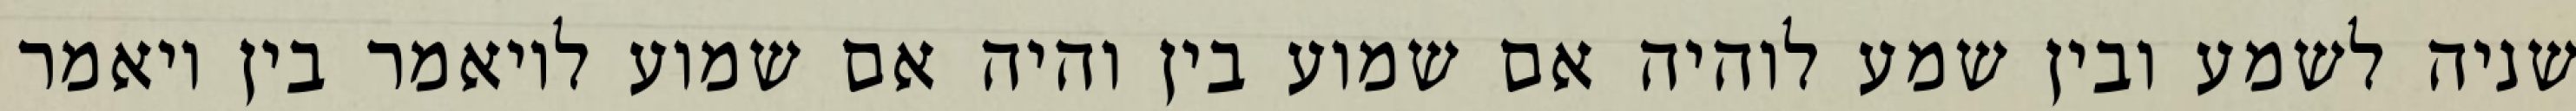
שניה לשמע ובין שמע לוהיה אם שמוע בין והיה אם שמוע לויאמר בין ויאמר